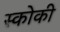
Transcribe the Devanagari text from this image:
स्कोकी